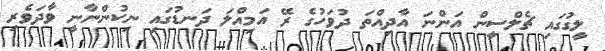
ލީގުގައި ޗެލްސީން އަންނަ އާދިއްތަ ދުވަހުގެ ރޭ އަމިއްލަ ދަނޑުގައި ނިކުންނާނީ ވާދަވެރި